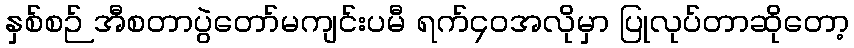
နှစ်စဉ် အီစတာပွဲတော်မကျင်းပမီ ရက်၄၀အလိုမှာ ပြုလုပ်တာဆိုတော့